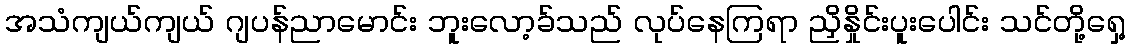
အသံကျယ်ကျယ် ဂျပန်ညာမောင်း ဘူးလော့ခ်သည် လုပ်နေကြရာ ညှိနှိုင်းပူးပေါင်း သင်တို့ရှေ့